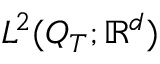
L ^ { 2 } ( Q _ { T } ; \mathbb { R } ^ { d } )